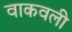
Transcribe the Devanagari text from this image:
वाकवली